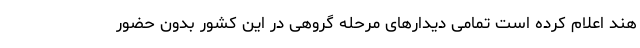
هند اعلام کرده است تمامی دیدار‌های مرحله گروهی در این کشور بدون حضور